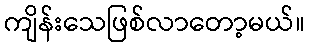
ကျိန်းသေဖြစ်လာတော့မယ်။